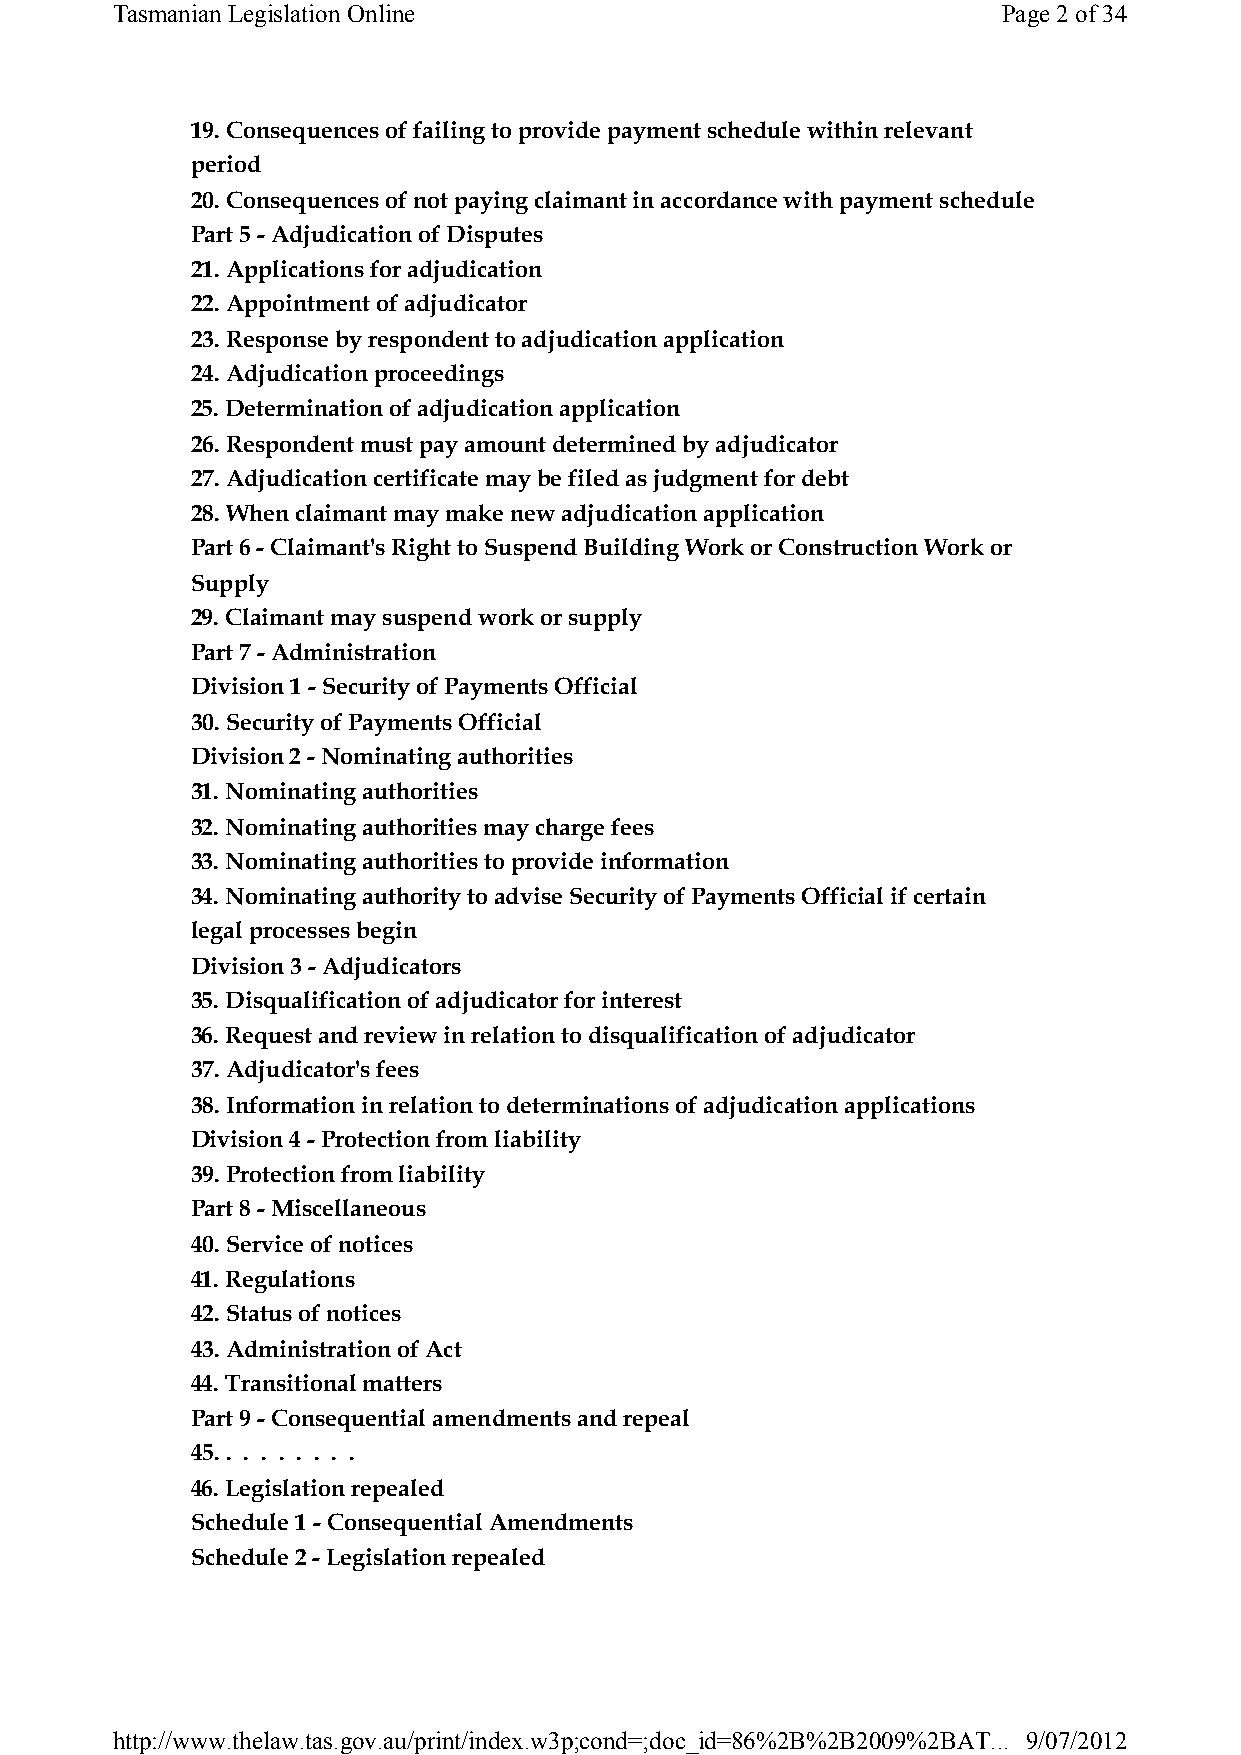
Tasmanian Legislation Online                               Page 2of 34
 19. Consequences of failing to provide payment schedule within relevant
 period
 20. Consequences of not paying claimant in accordance with payment schedule
 Part 5 -Adjudication of Disputes
 21. Applications for adjudication
 22. Appointment of adjudicator
 23. Response by respondent to adjudication application
 24. Adjudication proceedings
 25. Determination of adjudication application
 26. Respondent must pay amount determined by adjudicator
 27. Adjudication certificate may be filed as judgment for debt
 28. When claimant may make new adjudication application
 Part 6 -Claimant's Right to Suspend Building Work or Construction Work or
 Supply
 29. Claimant may suspend work or supply
 Part 7 -Administration
 Division 1 -Security of Payments Official
 30. Security of Payments Official
 Division 2 -Nominating authorities
 31. Nominating authorities
 32. Nominating authorities may charge fees
 33. Nominating authorities to provide information
 34. Nominating authority to advise Security of Payments Official if certain
 legal processes begin
 Division 3 -Adjudicators
 35. Disqualification of adjudicator for interest
 36. Request and review in relation to disqualification of adjudicator
 37. Adjudicator's fees
 38. Information in relation to determinations of adjudication applications
 Division 4 -Protection from liability
 39. Protection from liability
 Part 8 -Miscellaneous
 40. Service of notices
 41. Regulations
 42. Status of notices
 43. Administration of Act
 44. Transitional matters
 Part 9 -Consequential amendments and repeal
 45. . . . . . . . .
 46. Legislation repealed
 Schedule 1 -Consequential Amendments
 Schedule 2 -Legislation repealed
 http://www.thelaw.tas.gov.au/print/index.w3p;cond=;doc_id=86%2B%2B2009%2BAT... 9/07/2012